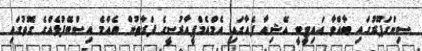
ސިންގަޕޫރުގައި ބާއްވާ އައިޓީބީ އޭޝިއާ ފެއާގައި އެމްއެމްޕީއާރުސީގެ ފަރާތުން އެއްމެ އިސްބޭފުޅެއްގެ ގޮތުގައި